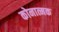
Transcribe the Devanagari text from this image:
कोनात्मक